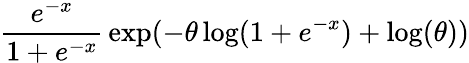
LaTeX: {\frac{e^{-x}}{1+e^{-x}}}\exp(-\theta\log(1+e^{-x})+\log(\theta))